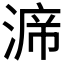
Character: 𭱙